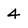
Character: 4